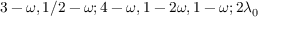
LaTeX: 3 - \omega , 1 / 2 - \omega ; 4 - \omega , 1 - 2 \omega , 1 - \omega ; 2 \lambda _ { 0 }